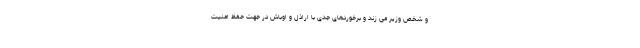
و شخص وزیر می زند و برخوردهای جدی با اراذل و اوباش در جهت حفظ امنیت